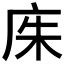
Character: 𫷨